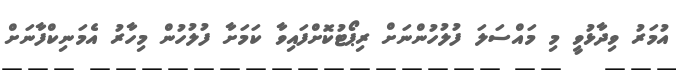
އުމަރު ވިދާޅުވީ މި މައްސަލަ ފުލުހުންނަށް ރިޕޯޓުކޮށްފައިވާ ކަމަށާ ފުލުހުން މިހާރު އެމަނިކްފާނަށް